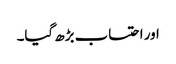
اور احتساب بڑھ گیا۔